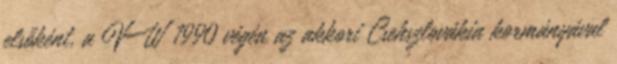
elsőként, a VW 1990 végén az akkori Csehszlovákia kormányával